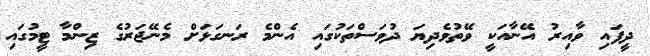
ދީފައި ވާއިރު އޭނާއަކީ ވޭތުވެދިޔަ ދުވަސްތަކުގައި އެންމެ ރަނގަޅަށް މެނޭޖަރުގެ ޒިންމާ ޓީމުގައި